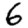
Digit: 6